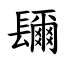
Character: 镾